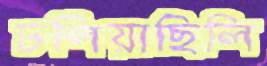
ঢলিয়াছিলি